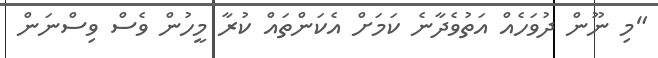
"މި ނޫން ދުވަހެއް އަތުވެދާނެ ކަމަށް އެކަންތައް ކުރާ މީހުން ވެސް ވިސްނަން